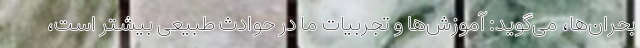
بحران‌ها، می‌گوید: آموزش‌ها و تجربیات ما در حوادث طبیعی بیشتر است،